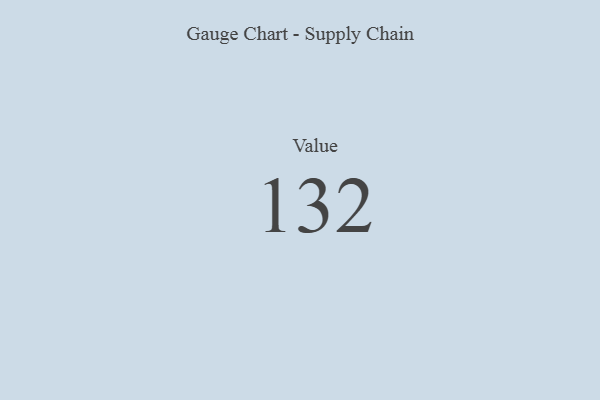
{"axis": {"x": "Metric", "y": "Value"}, "legend": [""], "data": [{"x": "Value", "y": 132, "type": ""}]}